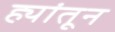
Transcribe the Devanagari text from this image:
ह्यांतून